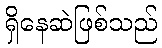
ရှိနေဆဲဖြစ်သည်